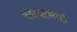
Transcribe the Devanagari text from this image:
मोरपंखधारी